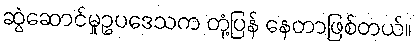
ဆွဲဆောင်မှုဥပဒေသက တုံ့ပြန် နေတာဖြစ်တယ်။